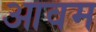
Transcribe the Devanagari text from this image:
आवम